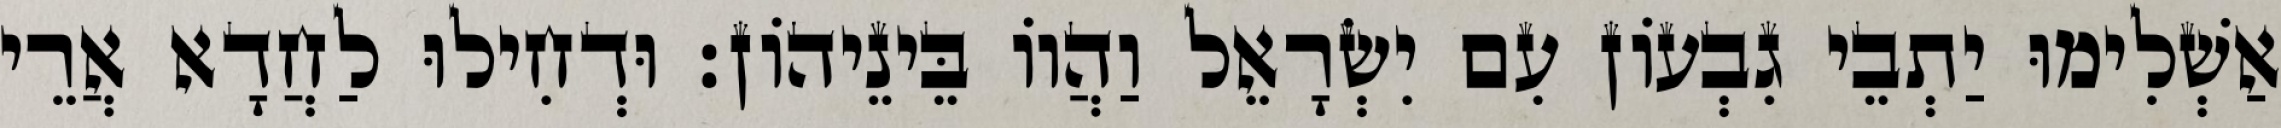
אַשְׁלִימוּ יַתְבֵי גִבְעוֹן עִם יִשְׂרָאֵל וַהֲווֹ בֵּינֵיהוֹן׃ וּדְחִילוּ לַחֲדָא אֲרֵי